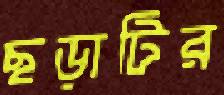
ছড়াটির